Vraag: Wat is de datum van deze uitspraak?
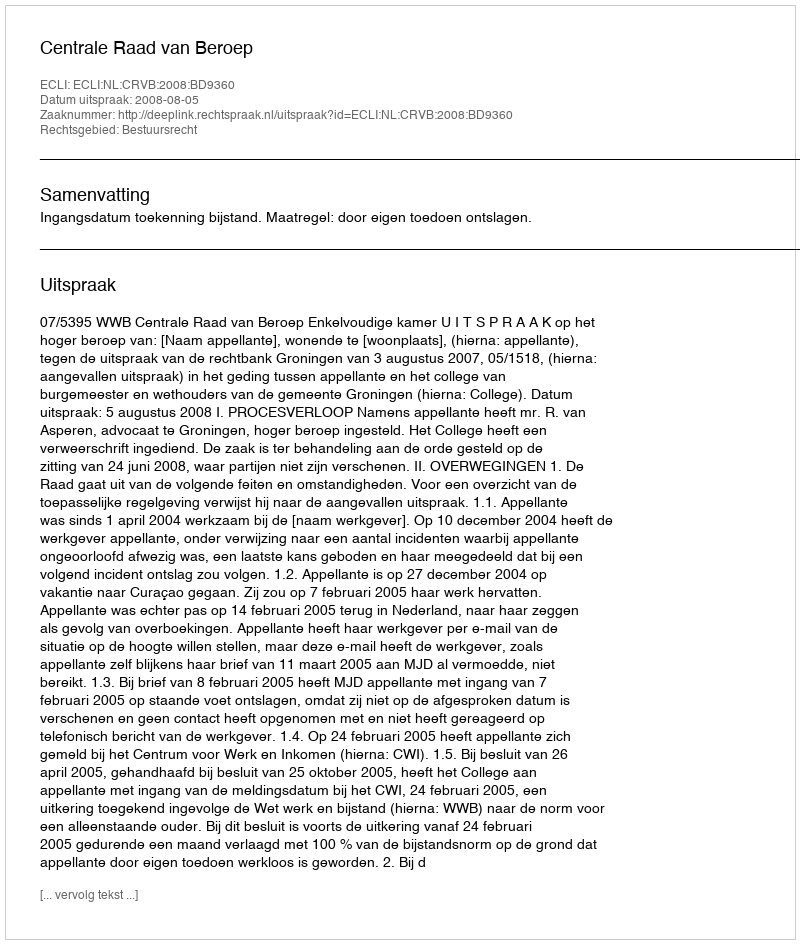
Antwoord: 2008-08-05